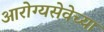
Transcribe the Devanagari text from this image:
आरोग्यसेवेच्या